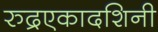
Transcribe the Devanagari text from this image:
रुद्रएकादशिनी